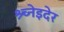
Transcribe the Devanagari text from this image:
श्र्च्नेइदेर